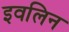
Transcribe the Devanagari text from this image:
इवलिन